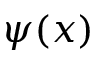
\psi ( x )